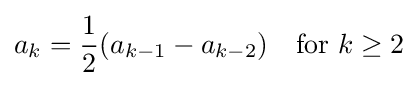
a_{k}={\frac {1}{2}}(a_{k-1}-a_{k-2})\quad {\text{for}}\ k\geq 2